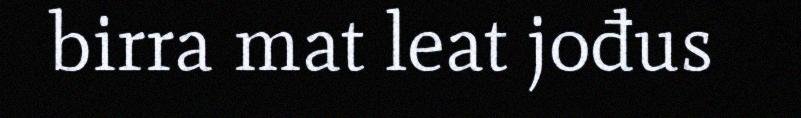
birra mat leat jođus